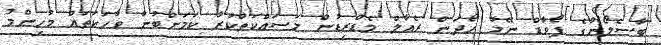
ބާސެލޯނާގެ ފޯވާޑް ނޭމާ ހޯދަން ރެއާލް މެޑްރިޑުން މަސައްކަތްކުރާ ކަމަށްބުނާ ވާހަކަތައް މުހިންމު